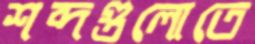
শব্দগুলোতে